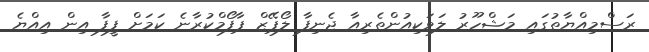
ރަސްމިއްޔާތުގައި މަޝްހޫރު ލަވަކިއުންތެރިއާ ޖެނިފާ ލޯޕޭޒް ޕާފޯމްކުރާނެ ކަމަށް ފީފާ އިން އިއްޔެ